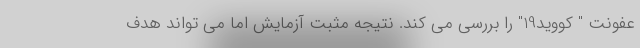
عفونت " کووید19" را بررسی می کند. نتیجه مثبت آزمایش اما می تواند هدف